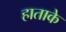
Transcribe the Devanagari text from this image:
हाताके